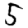
Digit: 5